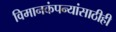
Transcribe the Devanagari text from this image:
विमानकंपन्यांसाठीही